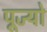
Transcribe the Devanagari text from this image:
पूज्‍यो